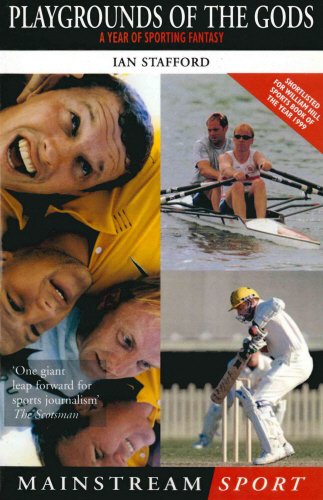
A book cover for Playgrounds of the Gods: A Year of Sporting Fantasy (Mainstream Sport); Ian Stafford; Sports & Outdoors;